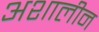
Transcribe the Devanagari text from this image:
अशालीन